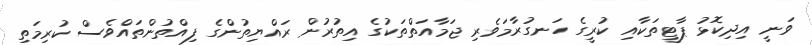
ވަނީ އިދިކޮޅު ޕާޓީތަކާއި ކުރީގެ ހަނގުރާމަވެރި ޖަމާއަތްތަކުގެ އިތުރުން ރައްޔިތުންގެ ފިއްތުންތައްވެސް ކުރިމަތި